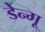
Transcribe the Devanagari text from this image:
डेन्गू